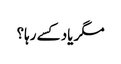
مگر یاد کسے رہا؟